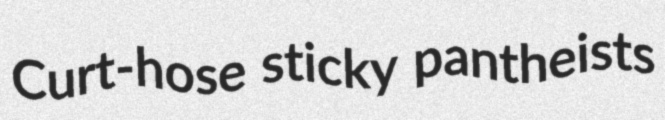
Curt-hose sticky pantheists